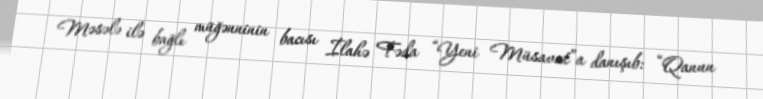
Məsələ ilə bağlı müğənninin bacısı İlahə Fəda “Yeni Müsavat”a danışıb: “Qanun